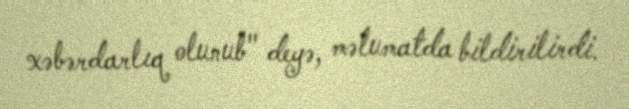
xəbərdarlıq olunub" deyə, məlumatda bildirilirdi.